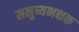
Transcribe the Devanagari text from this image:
मनुष्यभक्षक